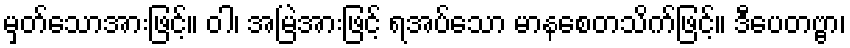
မှတ်သောအားဖြင့်။ ဝါ၊ အမြဲအားဖြင့် ရအပ်သော မာနစေတသိက်ဖြင့်။ ဒီပေတဗ္ဗာ၊